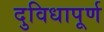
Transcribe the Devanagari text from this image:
दुविधापूर्ण